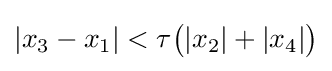
|x_{3}-x_{1}|<\tau {\big (}|x_{2}|+|x_{4}|{\big )}